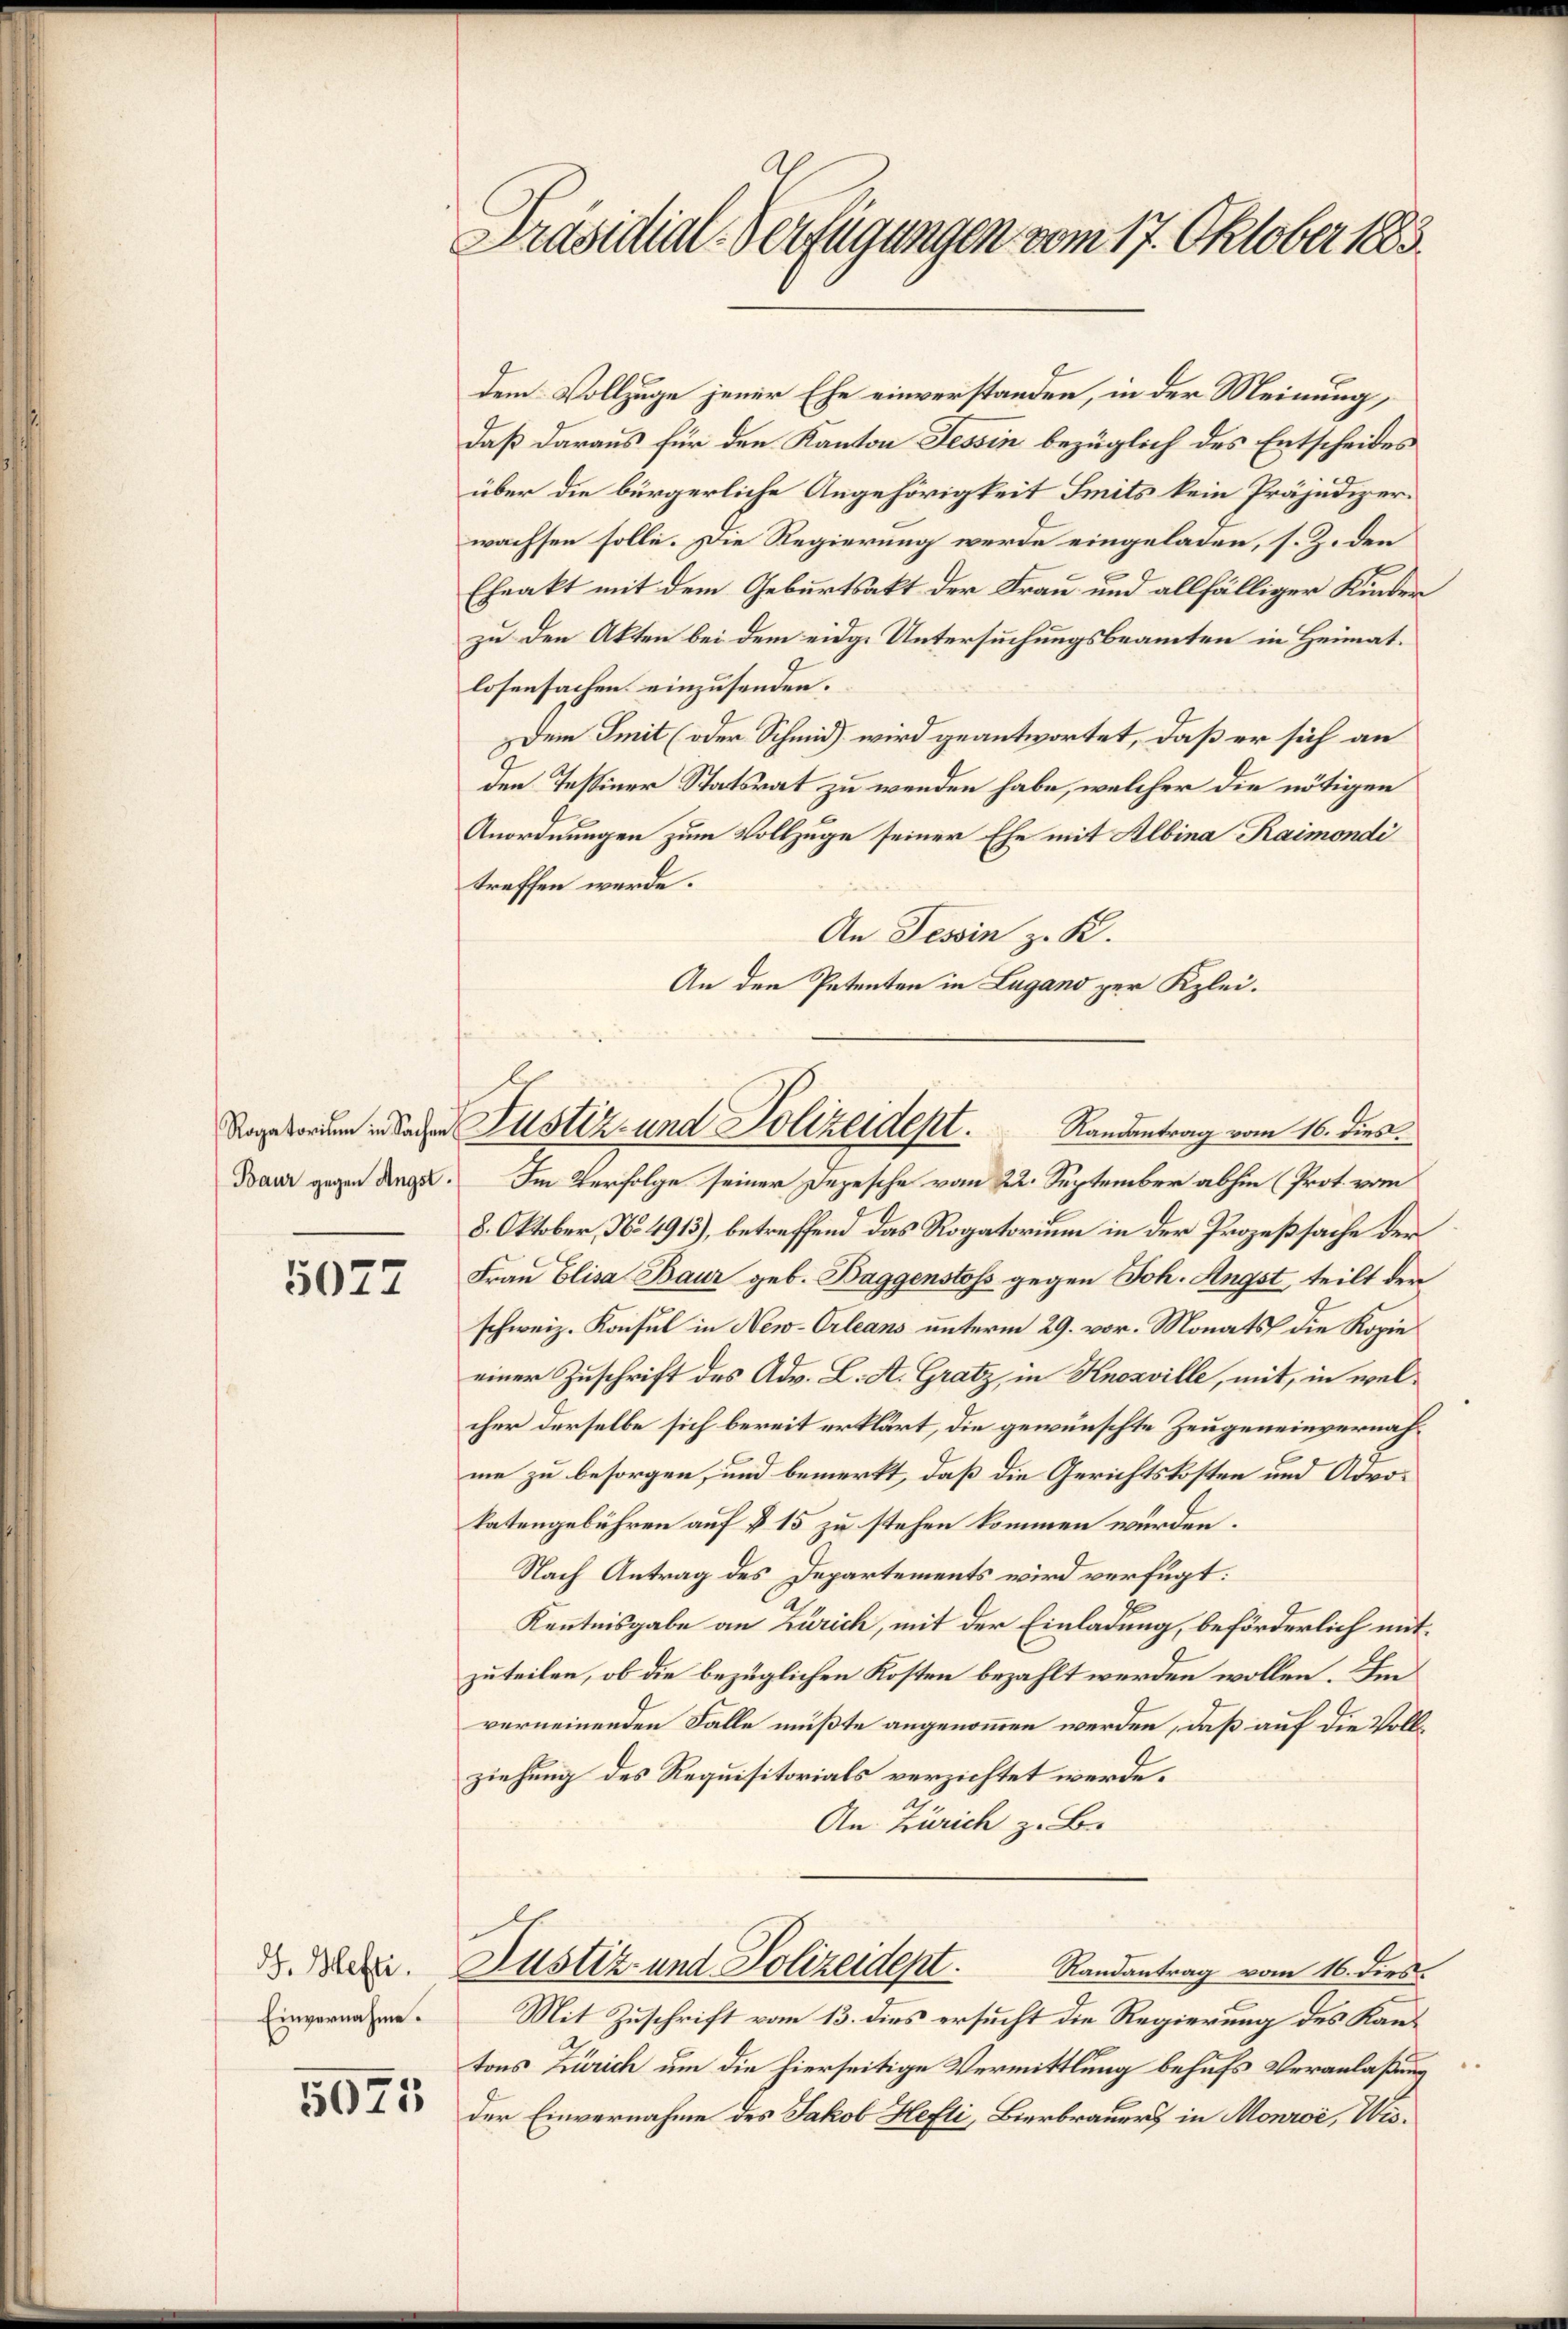
5027

J. Hefte.
Einvernahme.

5075

Präsidial-Verfügungen vom 17. Oktober 1885.

dem Vollzuge jener Ehe einverstanden, in der Meinung,
daß daraus für den Kanton Tessin bezüglich des Entscheides
über die bürgerliche Angehörigkeit Smits kein Präjudizerwachsen solle. Die Regierung werde eingeladen, s. Z. den
Ehrakt mit dem Geburtsakt der Frau und allfälliger Kinder
zu den Akten bei dem eidg. Untersuchungsbeamten in Heimat.
losensachen einzusenden.
Dem Smit (oder Schmid wird geantwortet, daß er sich an
den Tessiner Statsrat zu wenden habe, welcher die nötigen
Anordnungen zum Vollzuge seiner Ehe mit Albina Raimondi
treffen werde.
An Tessin z. K.
An den Petenten in Lugand zur Klei¬

dangeboren in daher Justiz- und Polizeident. Randantrag vom 16. dies

Danr gegen Dinge. Im Verfolge seiner Depesche vom 22. September abhin (Prot. vom
8. Oktober, No 4913), betreffend das Rogatorium in der Prozeßsache der
Frau Elisa Baur geb. Baggenstoss gegen Joh. Angst, teilt der
schweiz. Konsul in New-Orleans unterm 29. vor. Monats die Kopie
einer Zuschrift des Adv. L. A. Gratz, in Knosville, mit, in welcher derselbe sich bereit erklärt, die gewünschte Zeugeneinvernahme zu besorgen, und bemerkt, daß die Gerichtskosten und Advokatengebühren auf § 15 zu stehen kommen würden.
Nach Antrag des Departements wird verfügt:
Kenntnisgabe an Zürich, mit der Einladung, beförderlich mitzuteilen, ob die bezüglichen Kosten bezahlt werden wollen. Ein
verneinenden Falle mußte angenommen werden, daß auf die Vollziehung des Requisitorials verzichtet werde.
An Zürich z. B.
Justiz- und Polizeidept. Randantrag vom 16. dies
Mit Zuschrift vom 13. dies ersucht die Regierung des Kantons Zürich um die hierseitige Vermittlung behufs Veranlaßung
der Einvernahme des Jakob Hefti, Bierbrauer in Monroć, Wis¬